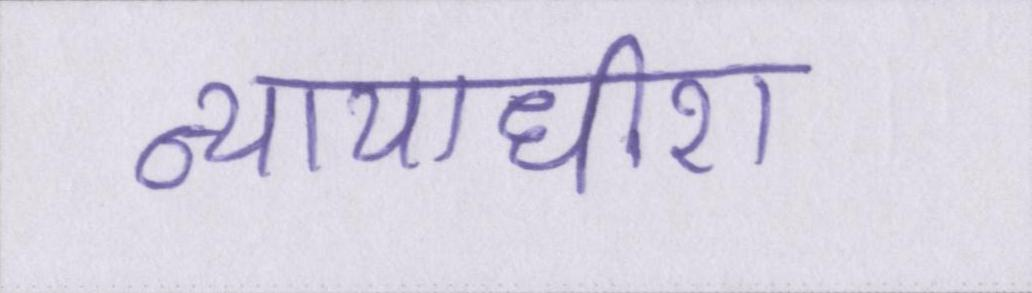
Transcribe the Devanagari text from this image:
न्यायाधीश